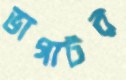
ভাগাটর